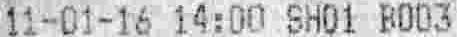
11-01-16 14:00 SH01 B003